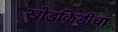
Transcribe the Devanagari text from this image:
खोडकिडीचा